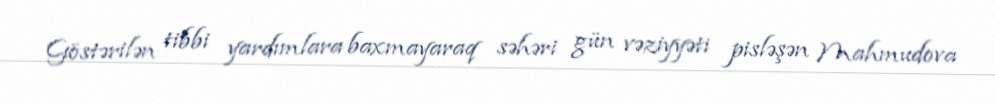
Göstərilən tibbi yardımlara baxmayaraq səhəri gün vəziyyəti pisləşən Mahmudova